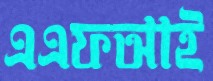
এএফআই